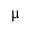
\upmu